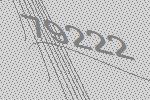
79222